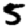
Digit: 5